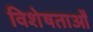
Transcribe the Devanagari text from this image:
विशेषताओँ